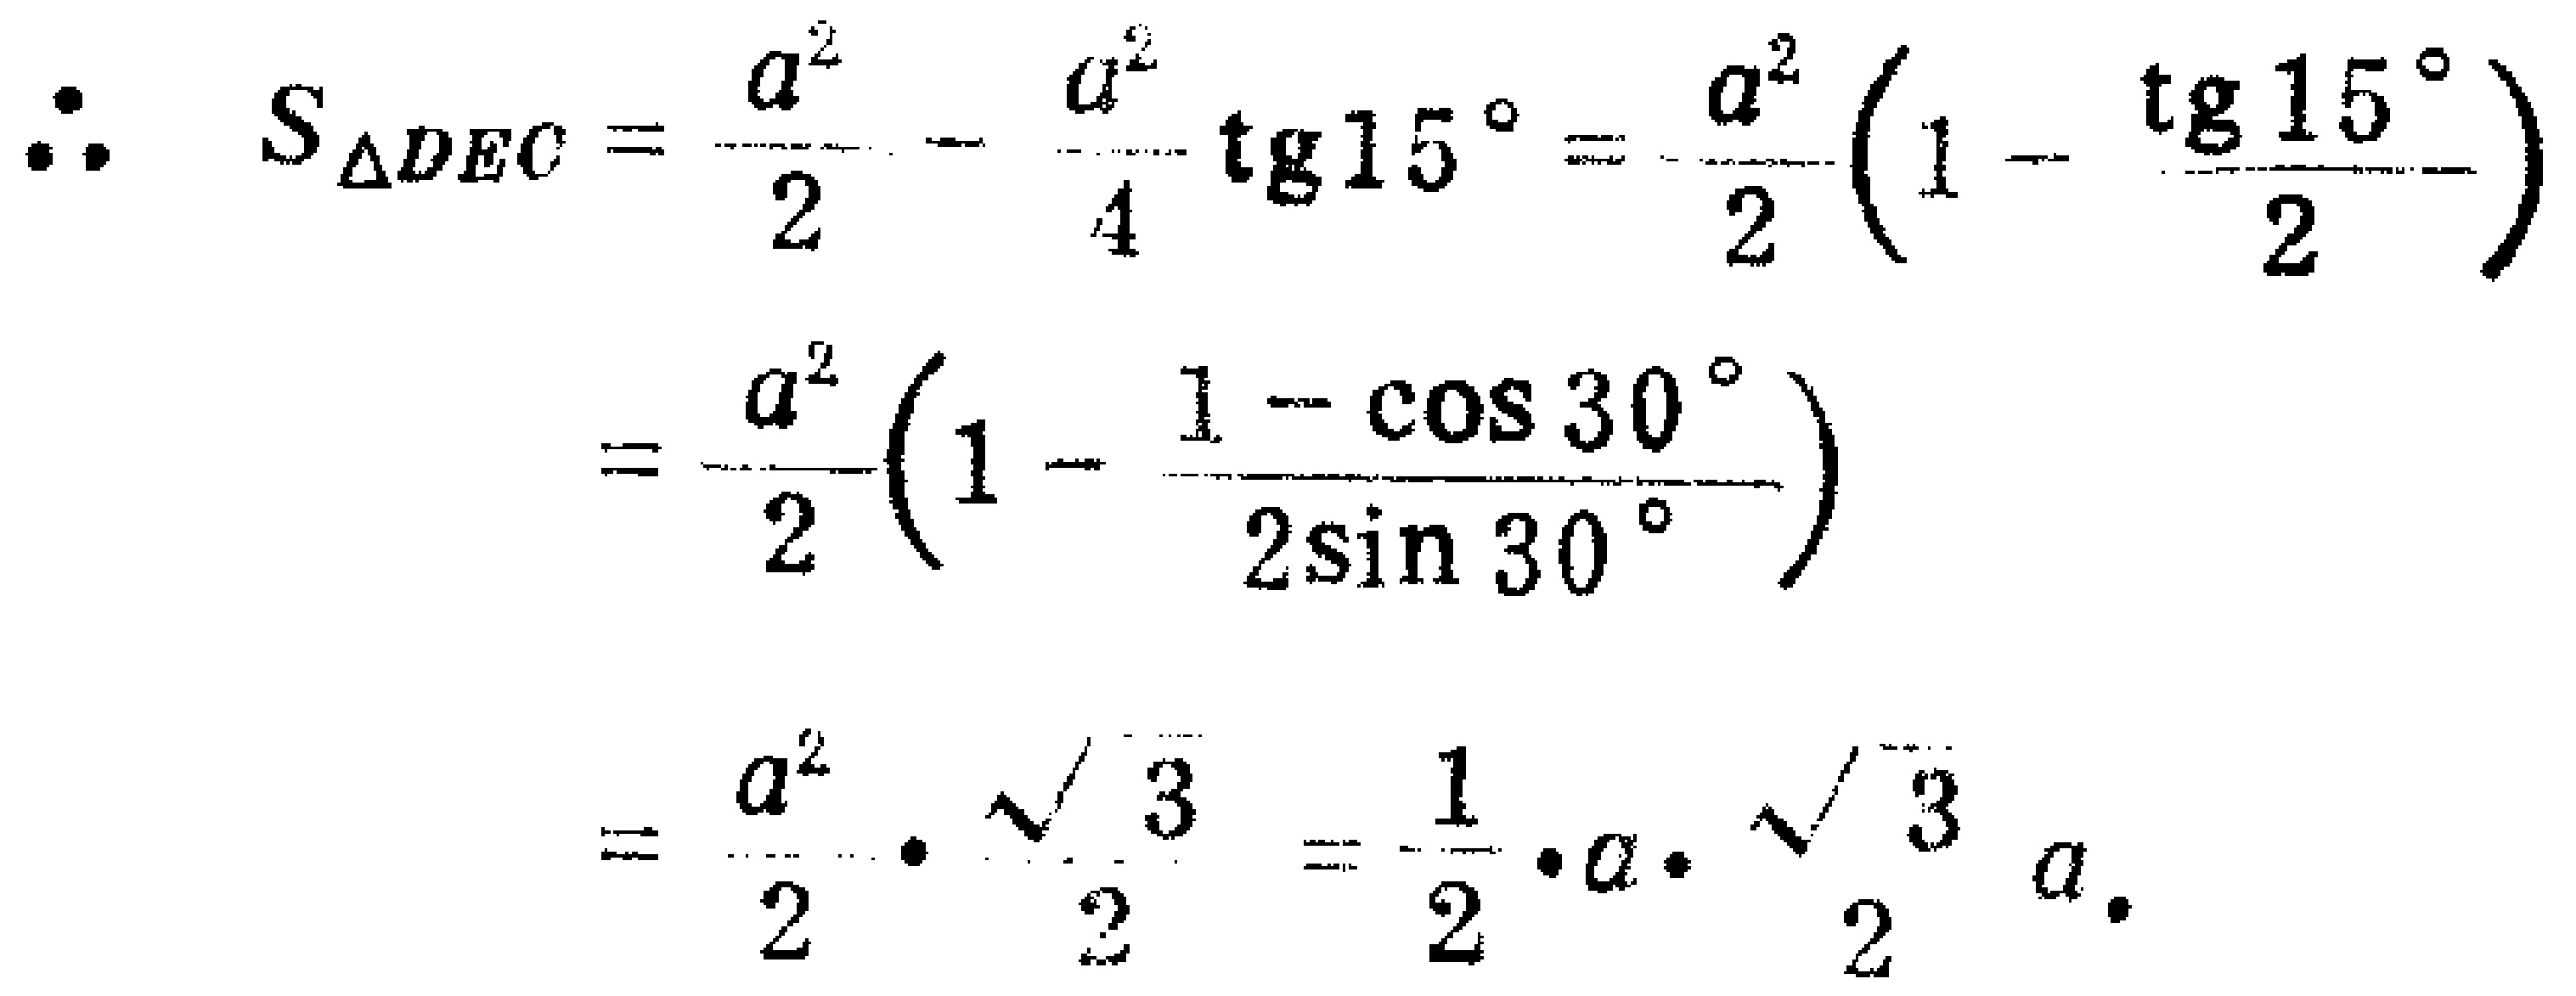
\[

\begin{align*}

\therefore S_{\triangle DEC}&=\frac{a^{2}}{2}-\frac{a^{2}}{4}\tg15^{\circ}=\frac{a^{2}}{2}\left(1 - \frac{\tg15^{\circ}}{2}\right)\\

&=\frac{a^{2}}{2}\left(1-\frac{1 - \cos30^{\circ}}{2\sin30^{\circ}}\right)\\

&=\frac{a^{2}}{2}\cdot\frac{\sqrt{3}}{2}=\frac{1}{2}\cdot a\cdot\frac{\sqrt{3}}{2}a.

\end{align*}

\]